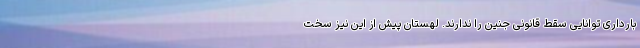
بارداری توانایی سقط قانونی جنین را ندارند. لهستان پیش از این نیز سخت